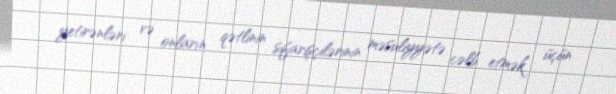
yetirənləri və onların qətlinin sifarişçilərinin məsuliyyətə cəlb etmək üçün